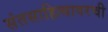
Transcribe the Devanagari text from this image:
संतसाहित्यावरची